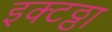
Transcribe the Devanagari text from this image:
इक्टठ्ठा